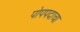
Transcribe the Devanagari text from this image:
पोपपदाचा